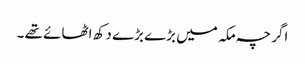
اگر چہ مکہ میں بڑے بڑے دکھ اٹھائے تھے ۔